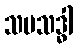
သမသဒ္ဓါ